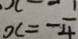
x = - \frac { 1 } { 4 }